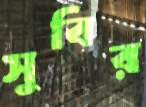
সুবির